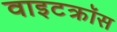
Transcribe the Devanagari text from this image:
वाइटक्रॉस